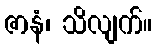
ဇာနံ၊ သိလျက်။